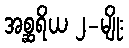
အစ္ဆရိယ ၂-မျိုး